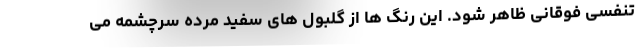
تنفسی فوقانی ظاهر شود. این رنگ ها از گلبول های سفید مرده سرچشمه می